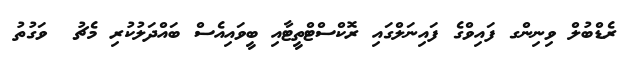
ރެޑްބުލް ވިނިންގ ފައިވްގެ ފައިނަލްގައި ރޮކްސްޓްތީޓާއި ބީވައިއެސް ބައްދަލުކުރި މެޗު  ވަގުތު